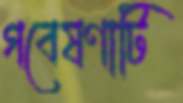
গবেষণাটি